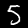
Digit: 5